Vaccination in Burma 1912-1922 - 1912-1922
Year: 1912
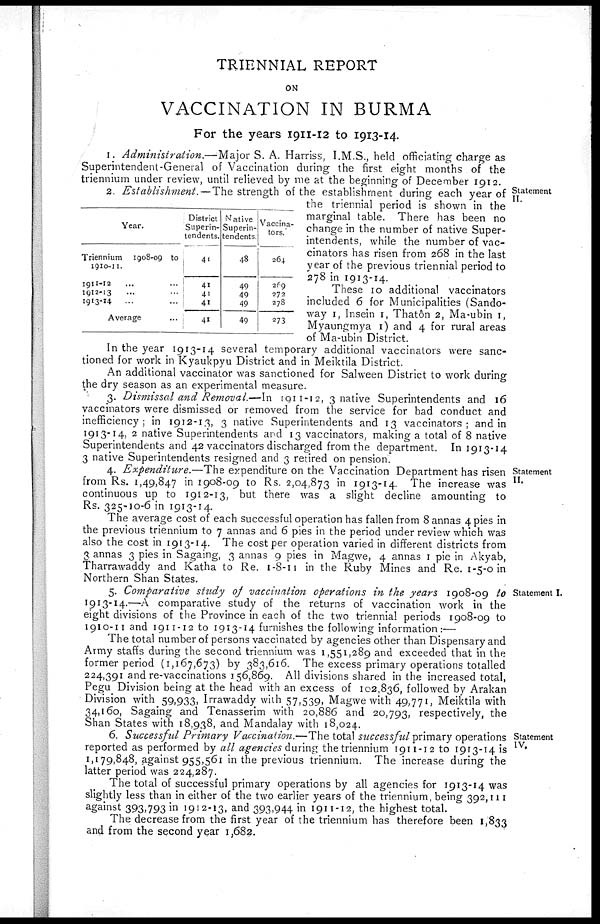
TRIENNIAL REPORT
ON
VACCINATION IN BURMA
For the years 1911-12 to 1913-14.
I. Administration.—Major S. A. Harriss, I.M.S., held officiating charge as
Superintendent-General of Vaccination during the first eight months of the
triennium under review, until relieved by me at the beginning of December 1912.
Statement
II.
Year.
Triennium 1908-09 to
1910-11.
1911-12... ... ...
1912-13... ... ...
1913-14 ... ... ...
Average... ... ...
District
Superin-
tendents.
41
41
41
41
41
Native
Superin-
tendents.
48
49
49
49
49
Vaccina-
tors.
264
269
272
278
273
2. Establishment.—The strength of the establishment during each year of
the triennial period is shown in the
marginal table. There has been no
change in the number of native Super-
intendents, while the number of vac-
cinators has risen from 268 in the last
year of the previous triennial period to
278 in 1913-14.
These 10 additional vaccinators
included 6 for Municipalities (Sando-
way 1, Insein 1, Thatôn 2, Ma-ubin 1,
Myaungmya 1) and 4 for rural areas
of Ma-ubin District.
In the year 1913-14 several temporary additional vaccinators were sanc-
tioned for work in Kyaukpyu District and in Meiktila District.
An additional vaccinator was sanctioned for Salween District to work during
the dry season as an experimental measure.
3. Dismissal and Removal.—In 1911-12, 3 native Superintendents and 16
vaccinators were dismissed or removed from the service for bad conduct and
inefficiency; in 1912-13, 3 native Superintendents and 13 vaccinators; and in
1913-14, 2 native Superintendents and 13 vaccinators, making a total of 8 native
Superintendents and 42 vaccinators discharged from the department. In 1913-14
3 native Superintendents resigned and 3 retired on pension.
Statement
II.
4. Expenditure.—The expenditure on the Vaccination Department has risen
from Rs. 1,49,847 in 1908-09 to Rs. 2,04,873 in 1913-14. The increase was
continuous up to 1912-13, but there was a slight decline amounting to
Rs. 325-10-6 in 1913-14.
The average cost of each successful operation has fallen from 8 annas 4 pies in
the previous triennium to 7 annas and 6 pies in the period under review which was
also the cost in 1913-14. The cost per operation varied in different districts from
3 annas 3 pies in Sagaing, 3 annas 9 pies in Magwe, 4 annas 1 pie in Akyab,
Tharrawaddy and Katha to Re. 1-8-11 in the Ruby Mines and Re. 1-5-0 in
Northern Shan States.
Statement I.
5. Comparative study of vaccination operations in the years 1908-09 to
1913-14.—A comparative study of the returns of vaccination work in the
eight divisions of the Province in each of the two triennial periods 1908-09 to
1910-11 and 1911-12 to 1913-14 furnishes the following information:—
The total number of persons vaccinated by agencies other than Dispensary and
Army staffs during the second triennium was 1,551,289 and exceeded that in the
former period (1,167,673) by 383,616. The excess primary operations totalled
224,391 and re-vaccinations 156,869. All divisions shared in the increased total,
Pegu Division being at the head with an excess of 102,836, followed by Arakan
Division with 59,933, Irrawaddy with 57,539, Magwe with 49,771, Meiktila with
34,160, Sagaing and Tenasserim with 20,886 and 20,793, respectively, the
Shan States with 18,938, and Mandalay with 18,024.
Statement
IV.
6. Successful Primary Vaccination.—The total successful primary operations
reported as performed by all agencies during the triennium 1911-12 to 1913-14 is
1,179,848, against 955,561 in the previous triennium. The increase during the
latter period was 224,287.
The total of successful primary operations by all agencies for 1913-14 was
slightly less than in either of the two earlier years of the triennium, being 392,111
against 393,793 in 1912-13, and 393,944 in 1911-12, the highest total.
The decrease from the first year of the triennium has therefore been 1,833
and from the second year 1,682.